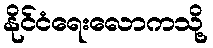
နိုင်ငံရေးလောကသို့